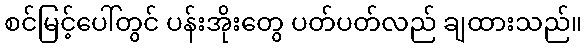
စင်မြင့်ပေါ်တွင် ပန်းအိုးတွေ ပတ်ပတ်လည် ချထားသည်။